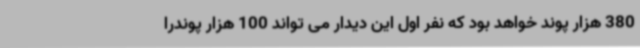
380 هزار پوند خواهد بود که نفر اول این دیدار می تواند 100 هزار پوندرا